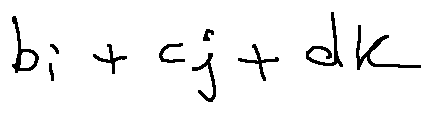
b i + c j + d k